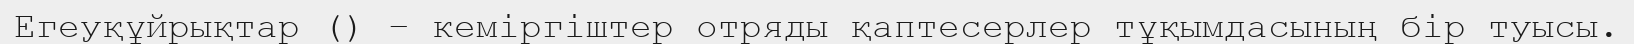
Егеуқұйрықтар () – кеміргіштер отряды қаптесерлер тұқымдасының бір туысы.